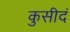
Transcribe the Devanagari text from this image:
कुसीदं